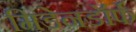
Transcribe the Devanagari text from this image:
मिडेनडॉर्फ